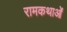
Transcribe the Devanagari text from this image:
रामकथाओं